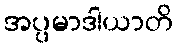
အပ္ပမာဒါယာတိ